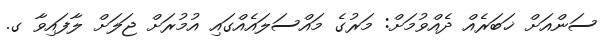
ސަންއަށް ޚަބަރެއް ދެއްވުމަށް: މަރުގެ މައްސަލައެއްގައި އުމުރަށް ޖަލަށް ލާފައިވާ ގ.